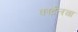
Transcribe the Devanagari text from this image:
कार्टेलचा